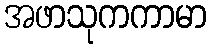
အဖာသုကကာမာ